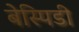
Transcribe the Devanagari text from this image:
बेस्पिडी